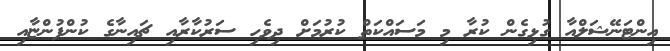
އިންޓަނޭޝަލްއާ ގުޅިގެން ކުރާ މި މަސައްކަތް ކުރުމަށް ދިވެހި ސަރުކާރާއި ޗައިނާގެ ކުންފުންޏާއި